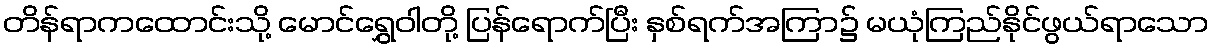
တိန်ရာကထောင်းသို့ မောင်ရွှေဝါတို့ ပြန်ရောက်ပြီး နှစ်ရက်အကြာ၌ မယုံကြည်နိုင်ဖွယ်ရာသော